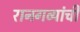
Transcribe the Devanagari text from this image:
रानगव्यांची